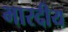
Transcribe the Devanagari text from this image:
भारदीय